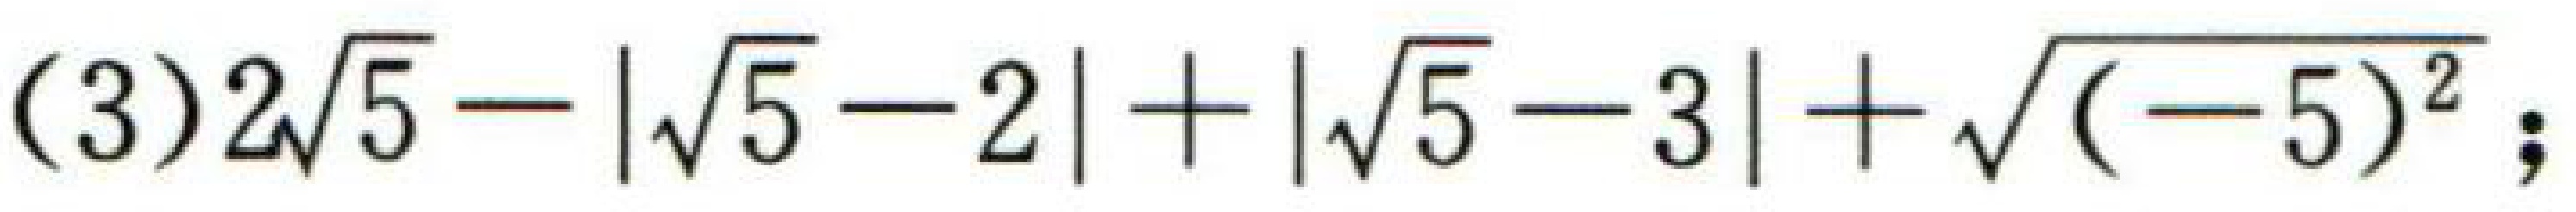
(3)\(2\sqrt{5}-\vert\sqrt{5}-2\vert+\vert\sqrt{5}-3\vert+\sqrt{(-5)^{2}}\);